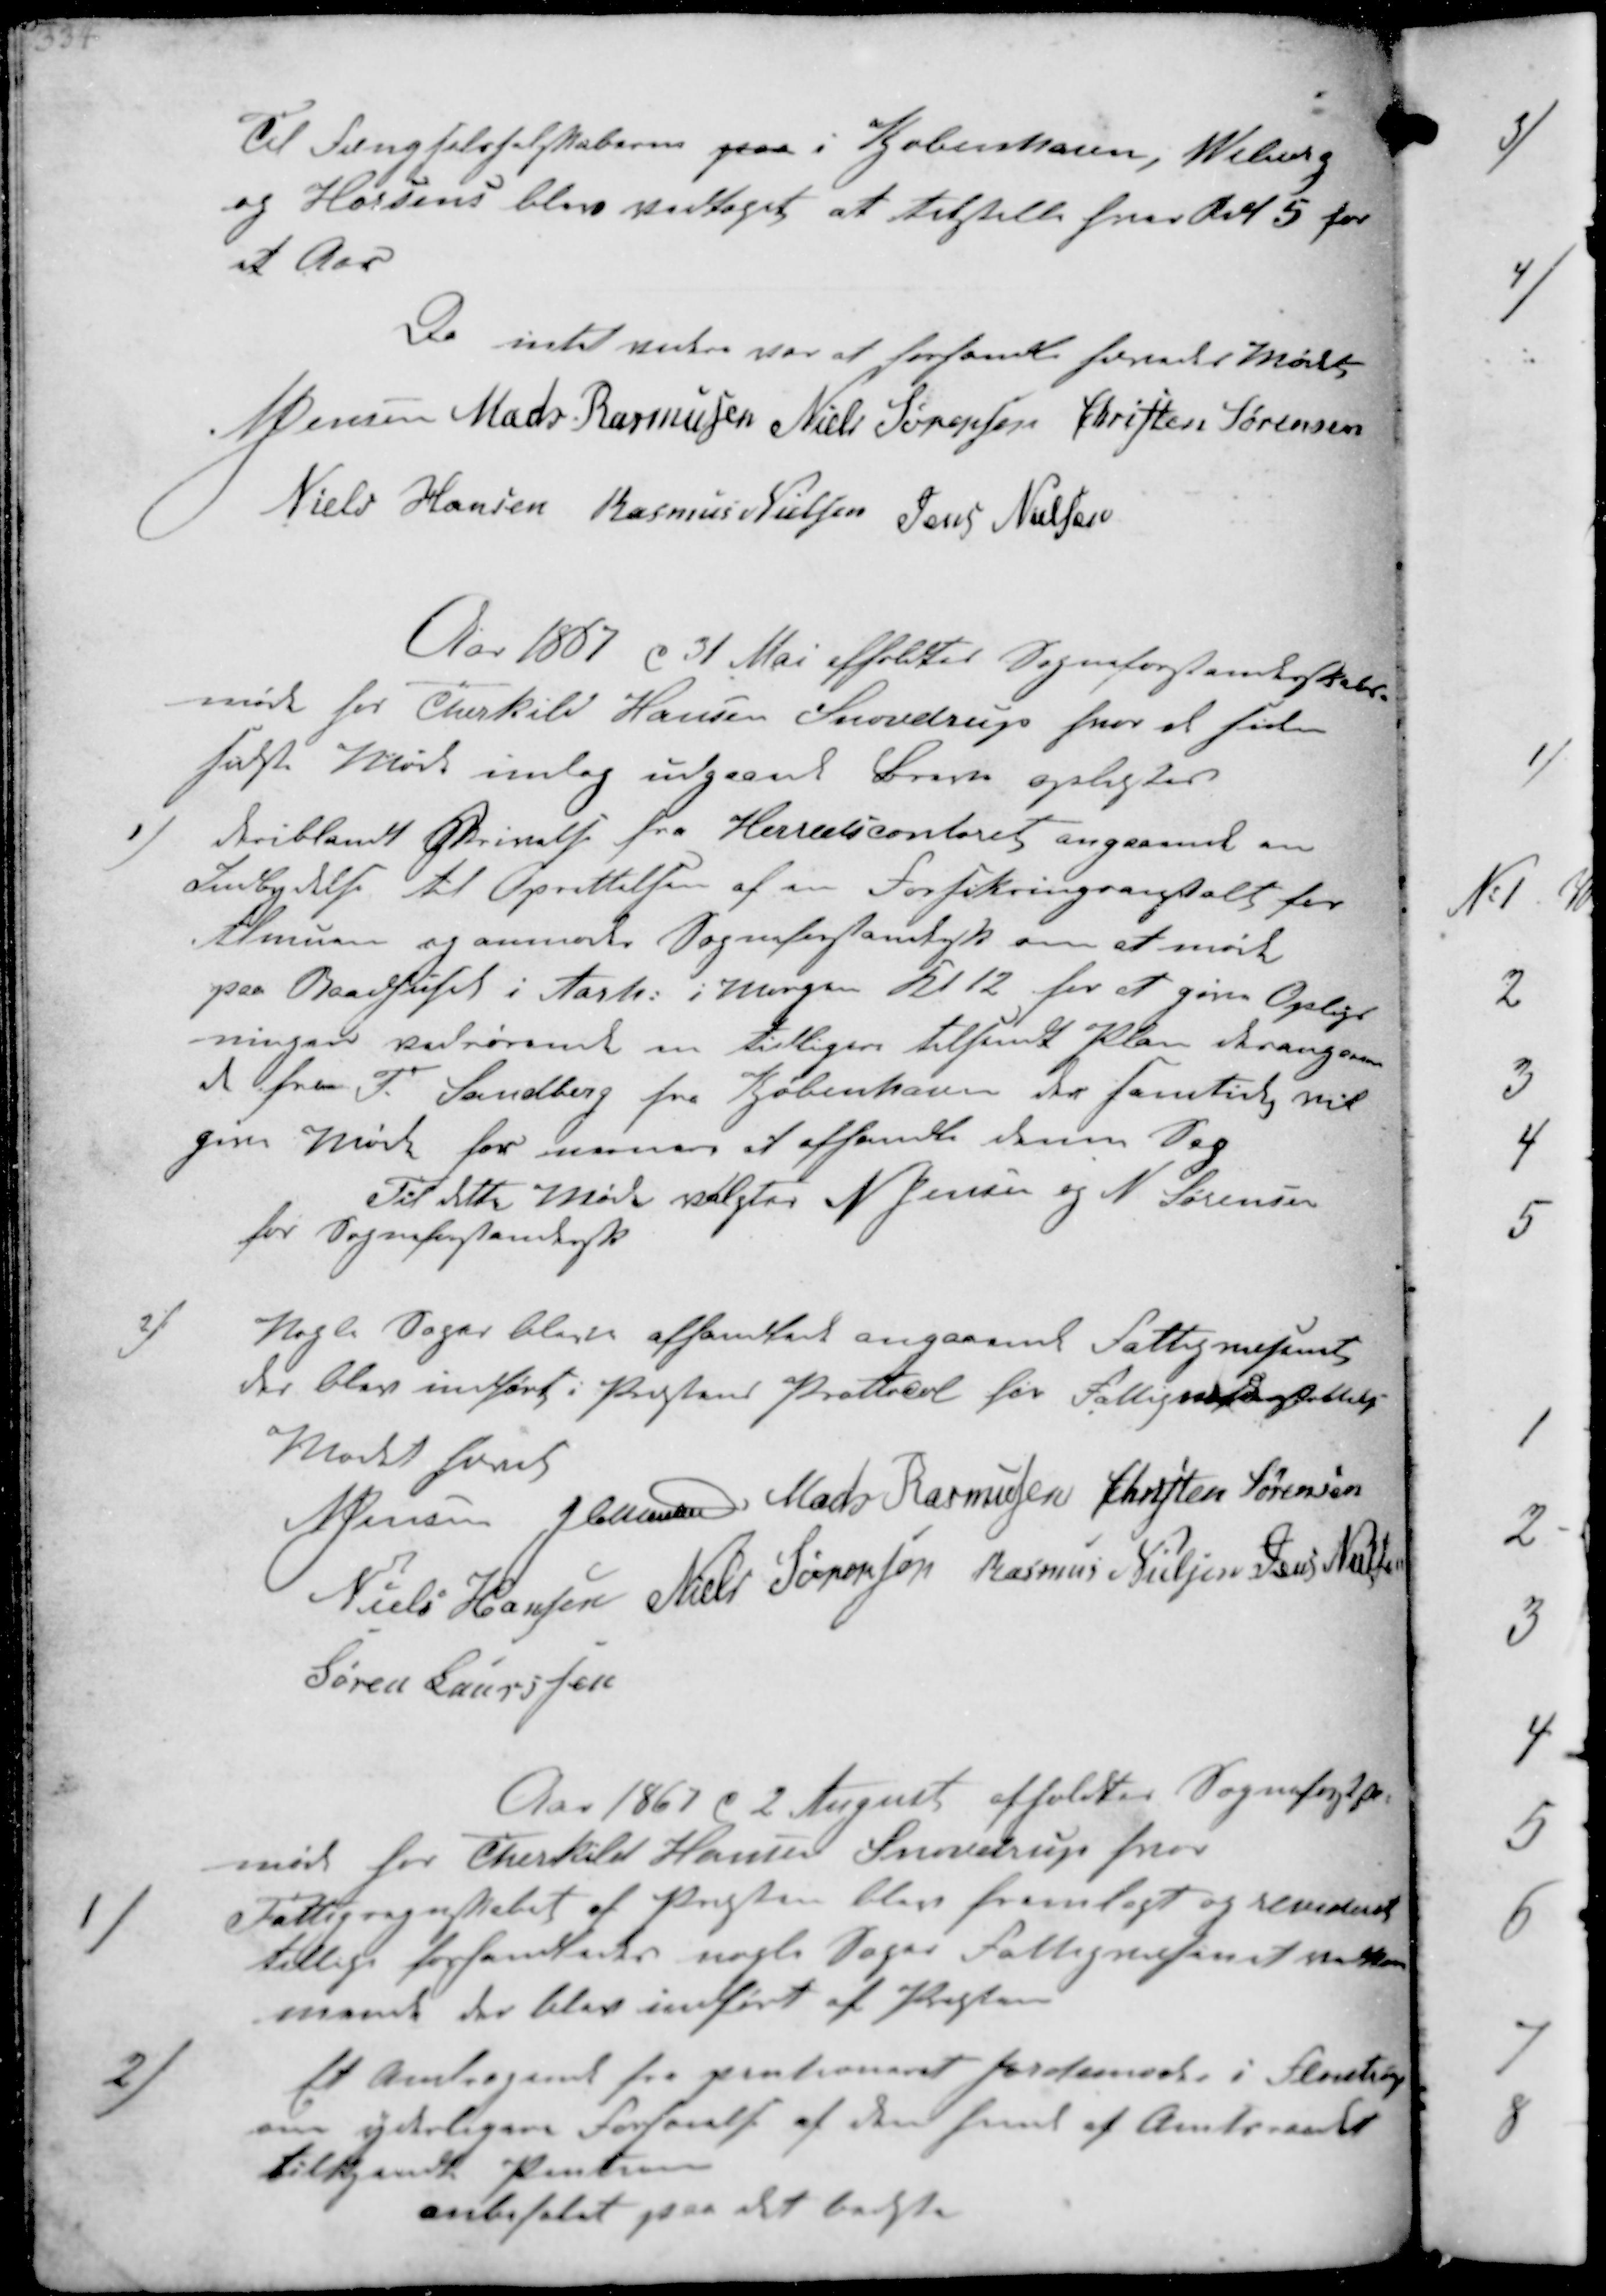
Transskription:
Til Fængselsselskaberne paa i Kjøbenhavn, Wiborg
og Horsens blev vedtaget at tilstille hver Rdl 5 for
et Aar
Da intet videre var at forhandle hævedes Mødet
N Jensen Mads Rasmussen Niels Sørensen Christen Sørensen
Niels Hansen Rasmus Nielsen Jens Nielsen

Aar 1867 d 31 Mai afholdtes Sogneforstanderskabs-
møde hos Thorkild Hansen Snovdrup hvor et siden
sidste Møde  indgaaede Breve oplæstes.
1/
deriblandt Skrivelse fra Herredseontoret angaaende en
Indbydelse til Oprettelsen af en Forfikringsanstalt for
Almuen og anmode Sogneforstandert om at møde
paa Raadhuset i Aarh. i Morgen Kl 12 for at give Oplys-
ninger vedvørende en tidligere tilsendt Plan desangaaen-
de fra F Sandberg fra Kjøbenhavn der samtidig vil
give Møde for  at afhandle denne Sag
Til dette Møde valgter N Jensen og A Sørensen
for Sogneforstandersk 
2/
Nogle Sager blevte afhandlede angaaende Fattigvæsenet
der blev indhørt i Præstens Prottocol hor Fattigunderrstøtelse
Mødet hævet
N Jensen J Christensen Mads Rasmussen Christen Sørensen
Niels Hansen Niels Sørensen Rasmus Nielsen Jens Nielsen
Søren Laurssen

Aar 1861 d 2 August afholdtes Sogneforst.-
møde hos Therkild Hansen Snovdrup hvor
1/
Fattigregnskabet af Præsten blev fremlagt og revideret
tillige forhandledes nogle Sager Fattigvæsnet vedkom-
mende der blev indført af Præsten
2/
Et Andragendet fra pentioneret Jordemoder i Fløistrup
om yderligere Forhøielse af den hende af Amtsraadet
tilkjendte Pention
anbefalet paa det bedste